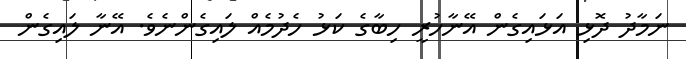
ނަމާދު ދޮޅި އަޅައިގެން އޭނާހުރީ ހިބާގެ ކަޅު ހެދުމެއް ލައިގެންނެވެ. އޭނާ ލައިގެން